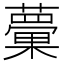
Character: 𧁣